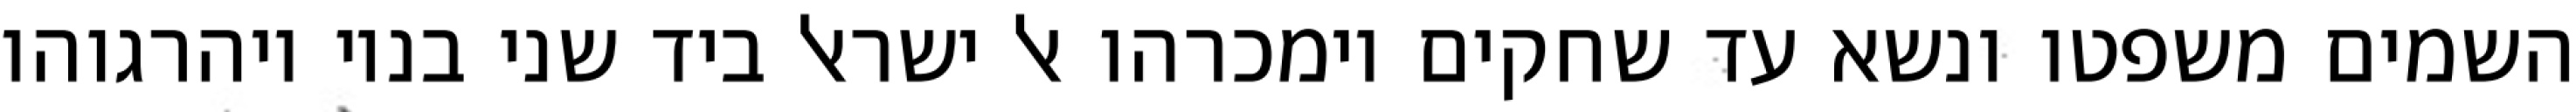
השמים משפטו ונשא עד שחקים וימכרהו אל ישראל ביד שני בניו ויהרגוהו